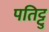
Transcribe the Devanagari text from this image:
पतिट्टु